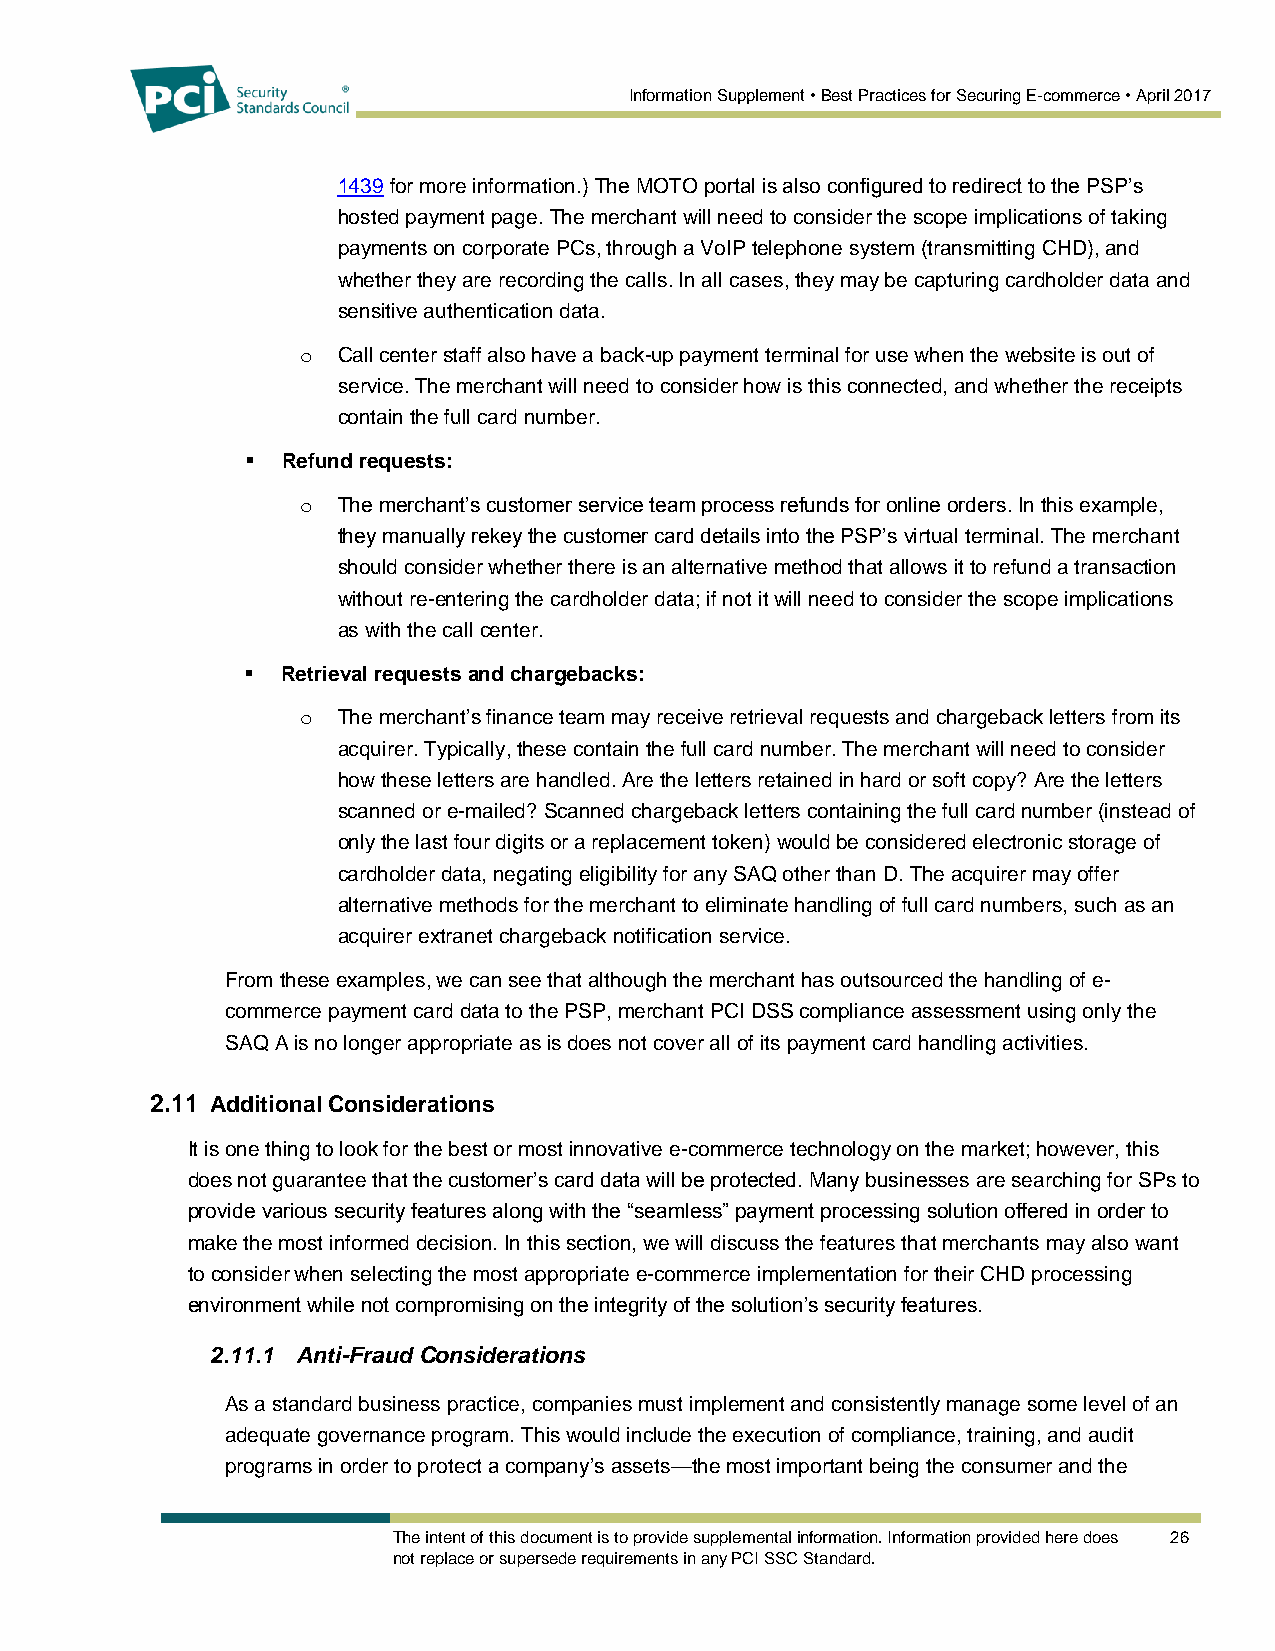
Information Supplement • Best Practices for Securing E-commerce • April 2017
 1439 for more information.) The MOTO portal is also configured to redirect to the PSP’s
 hosted payment page. The merchant will need to consider the scope implications of taking
 payments on corporate PCs, through a VoIP telephone system (transmitting CHD), and
 whether they are recording the calls. In all cases, they may be capturing cardholder data and
 sensitive authentication data.
 o Call center staff also have a back-up payment terminal for use when the website is out of
 service. The merchant will need to consider how is this connected, and whether the receipts
 contain the full card number.
   Refund requests:
 o The merchant’s customer service team process refunds for online orders. In this example,
 they manually rekey the customer card details into the PSP’s virtual terminal. The merchant
 should consider whether there is an alternative method that allows it to refund a transaction
 without re-entering the cardholder data; if not it will need to consider the scope implications
 as with the call center.
   Retrieval requests and chargebacks:
 o The merchant’s finance team may receive retrieval requests and chargeback letters from its
 acquirer. Typically, these contain the full card number. The merchant will need to consider
 how these letters are handled. Are the letters retained in hard or soft copy? Are the letters
 scanned or e-mailed? Scanned chargeback letters containing the full card number (instead of
 only the last four digits or a replacement token) would be considered electronic storage of
 cardholder data, negating eligibility for any SAQ other than D. The acquirer may offer
 alternative methods for the merchant to eliminate handling of full card numbers, such as an
 acquirer extranet chargeback notification service.
 From these examples, we can see that although the merchant has outsourced the handling of e-
 commerce payment card data to the PSP, merchant PCI DSS compliance assessment using only the
 SAQ A is no longer appropriate as is does not cover all of its payment card handling activities.
 2.11 Additional Considerations
 It is one thing to look for the best or most innovative e-commerce technology on the market; however, this
 does not guarantee that the customer’s card data will be protected. Many businesses are searching for SPs to
 provide various security features along with the “seamless” payment processing solution offered in order to
 make the most informed decision. In this section, we will discuss the features that merchants may also want
 to consider when selecting the most appropriate e-commerce implementation for their CHD processing
 environment while not compromising on the integrity of the solution’s security features.
 2.11.1 Anti-Fraud Considerations
 As a standard business practice, companies must implement and consistently manage some level of an
 adequate governance program. This would include the execution of compliance, training, and audit
 programs in order to protect a company’s assets—the most important being the consumer and the
 The intent of this document is to provide supplemental information. Information provided here does 26
 not replace or supersede requirements in any PCI SSC Standard.